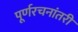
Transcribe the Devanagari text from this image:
पूर्णरचनांतरी